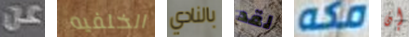
عن الخلفيه بالنادي لقد مكه إن